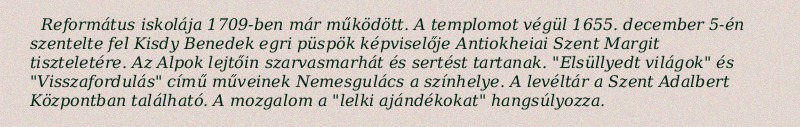
Református iskolája 1709-ben már működött. A templomot végül 1655. december 5-én szentelte fel Kisdy Benedek egri püspök képviselője Antiokheiai Szent Margit tiszteletére. Az Alpok lejtőin szarvasmarhát és sertést tartanak. "Elsüllyedt világok" és "Visszafordulás" című műveinek Nemesgulács a színhelye. A levéltár a Szent Adalbert Központban található. A mozgalom a "lelki ajándékokat" hangsúlyozza.